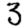
Digit: 3